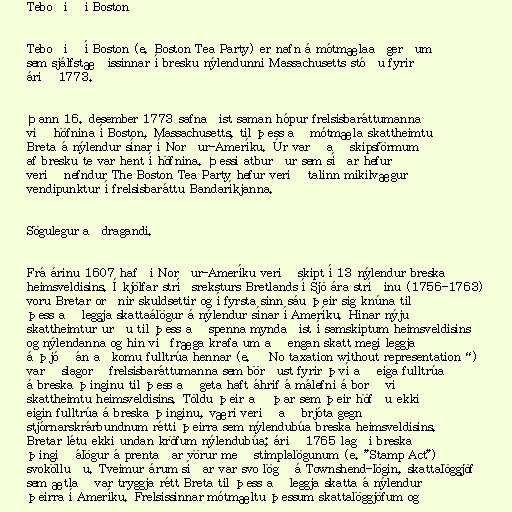
Teboðið í Boston

Teboðið í Boston (e. Boston Tea Party) er nafn á mótmælaaðgerðum
sem sjálfstæðissinnar í bresku nýlendunni Massachusetts stóðu fyrir
árið 1773.

Þann 16. desember 1773 safnaðist saman hópur frelsisbaráttumanna
við höfnina í Boston, Massachusetts, til þess að mótmæla skattheimtu
Breta á nýlendur sínar í Norður-Ameríku. Úr varð að skipsförmum
af bresku te var hent í höfnina. Þessi atburður sem síðar hefur
verið nefndur The Boston Tea Party hefur verið talinn mikilvægur
vendipunktur í frelsisbaráttu Bandaríkjanna.

Sögulegur aðdragandi.

Frá árinu 1607 hafði Norður-Ameríku verið skipt í 13 nýlendur breska
heimsveldisins. Í kjölfar stríðsreksturs Bretlands í Sjö ára stríðinu (1756-1763)
voru Bretar orðnir skuldsettir og í fyrsta sinn sáu þeir sig knúna til
þess að leggja skattaálögur á nýlendur sínar í Ameríku. Hinar nýju
skattheimtur urðu til þess að spenna myndaðist í samskiptum heimsveldisins
og nýlendanna og hin víðfræga krafa um að engan skatt megi leggja
á þjóð án aðkomu fulltrúa hennar (e. „No taxation without representation“)
varð slagorð frelsisbaráttumanna sem börðust fyrir því að eiga fulltrúa
á breska þinginu til þess að geta haft áhrif á málefni á borð við
skattheimtu heimsveldisins. Töldu þeir að þar sem þeir höfðu ekki
eigin fulltrúa á breska þinginu, væri verið að brjóta gegn
stjórnarskrárbundnum rétti þeirra sem nýlendubúa breska heimsveldisins.
Bretar létu ekki undan kröfum nýlendubúa; árið 1765 lagði breska
þingið álögur á prentaðar vörur með stimplalögunum (e. "Stamp Act")
svokölluðu. Tveimur árum síðar var svo lögð á Townshend-lögin, skattalöggjöf
sem ætlað var tryggja rétt Breta til þess að leggja skatta á nýlendur
þeirra í Ameríku. Frelsissinnar mótmæltu þessum skattalöggjöfum og